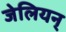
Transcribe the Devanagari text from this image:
जेलियन्